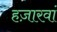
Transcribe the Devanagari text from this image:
हज़ारवां